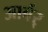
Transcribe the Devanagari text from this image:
आर्बर्